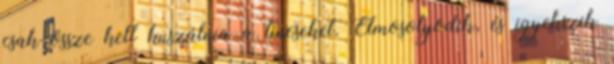
csak össze kell kuszálnia a tincseket. Elmosolyodik, és igyekszik